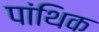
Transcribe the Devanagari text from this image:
पांथिक